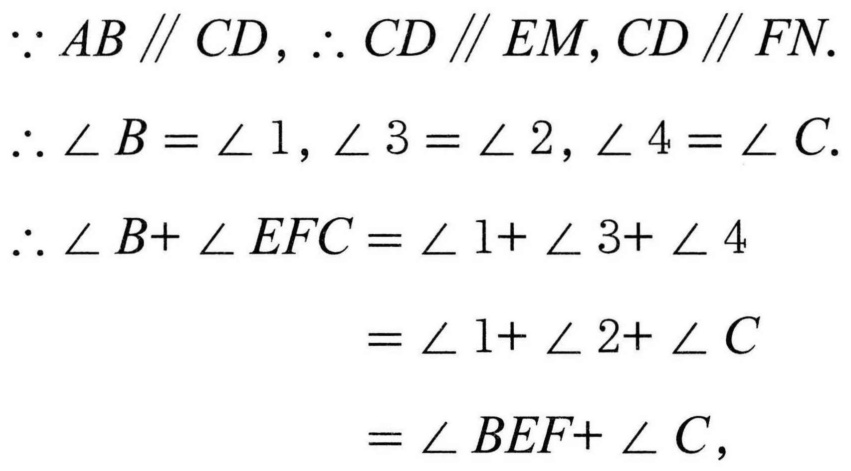
$\because AB\parallel CD,\therefore CD\parallel EM,CD\parallel FN.$
$\therefore \angle B=\angle 1,\angle 3=\angle 2,\angle 4=\angle C.$
$\therefore \angle B + \angle EFC=\angle 1+\angle 3+\angle 4$
$=\angle 1+\angle 2+\angle C$
$=\angle BEF+\angle C,$